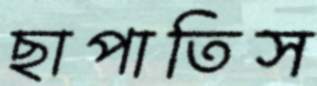
ছাপাতিস